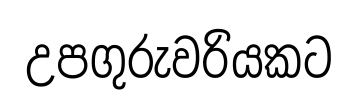
උපගුරුවරියකට